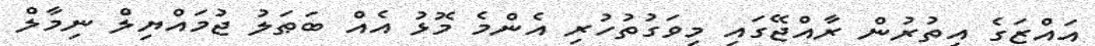
އައްޒަގެ އިތުރުން ރާއްޖޭގައި މިވަގުތުހުރި އެންމެ މޮޅު އެއް ބަޠަލު ޖުމައްޔިލް ނިމާލް